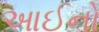
આઈનો